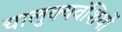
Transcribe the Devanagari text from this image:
चालुक्यवंशियों